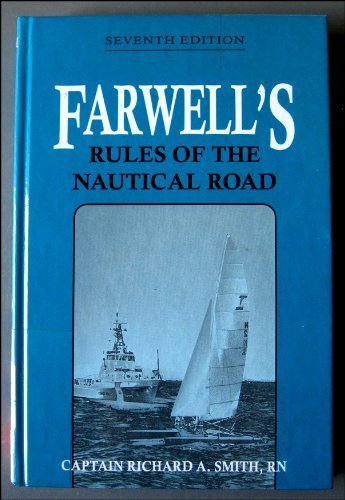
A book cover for Farwell's Rules of the Nautical Road; Richard A. Smith; Law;